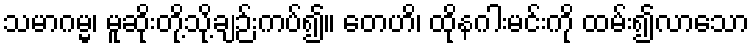
သမာဂမ္မ၊ မူဆိုးတို့သို့ချဉ်းကပ်၍။ တေဟိ၊ ထိုနဂါးမင်းကို ထမ်း၍လာသော